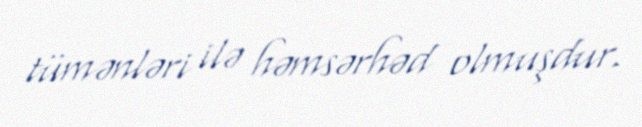
tümənləri ilə həmsərhəd olmuşdur.